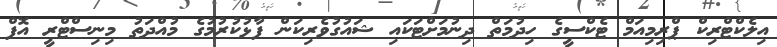
އިލެކްޓްރިކް ޕްރިމިއަމް ޓެކްސީގެ ހިދުމަތް ދިނުމަށްޓަކައި ޝައުގުވެރިކަން ފާޅުކުރުމުގެ މުއްދަތު މިނިސްޓްރީ އޮފް